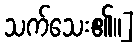
သက်သေး၏။]